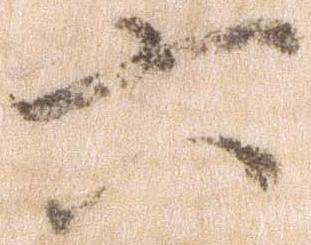
六